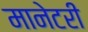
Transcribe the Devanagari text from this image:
मानेटरी